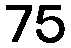
75